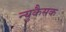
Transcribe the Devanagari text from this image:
न्युकैसक